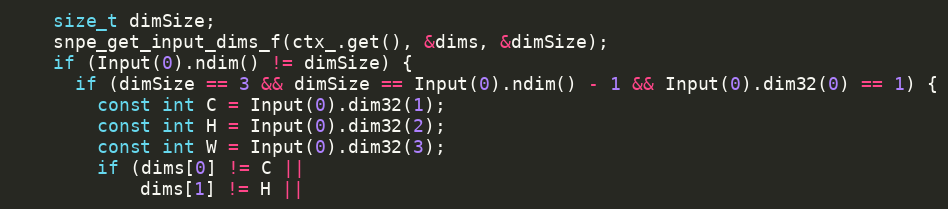
Language: C++
    size_t dimSize;
    snpe_get_input_dims_f(ctx_.get(), &dims, &dimSize);
    if (Input(0).ndim() != dimSize) {
      if (dimSize == 3 && dimSize == Input(0).ndim() - 1 && Input(0).dim32(0) == 1) {
        const int C = Input(0).dim32(1);
        const int H = Input(0).dim32(2);
        const int W = Input(0).dim32(3);
        if (dims[0] != C ||
            dims[1] != H ||